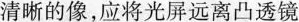
清晰的像，应将光屏远离凸透镜